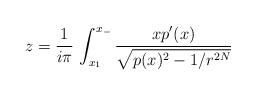
LaTeX: \begin{align*}z = {1\over i\pi}\, \int_{x_{1}}^{x_{-}} {\displaystyle xp'(x)\over\displaystyle\sqrt{p(x)^{2} - 1/r^{2N}}}\end{align*}